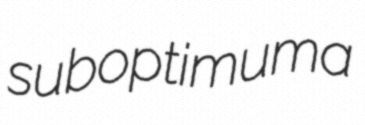
suboptimuma